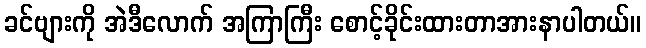
ခင်ဗျားကို အဲဒီလောက် အကြာကြီး စောင့်ခိုင်းထားတာအားနာပါတယ်။